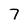
Character: 7